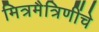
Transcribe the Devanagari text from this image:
मित्रमैत्रिणींचे